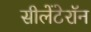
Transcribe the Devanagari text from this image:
सीलेंटेरॉन